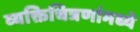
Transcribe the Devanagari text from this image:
व्यक्तिचित्रणांमध्ये